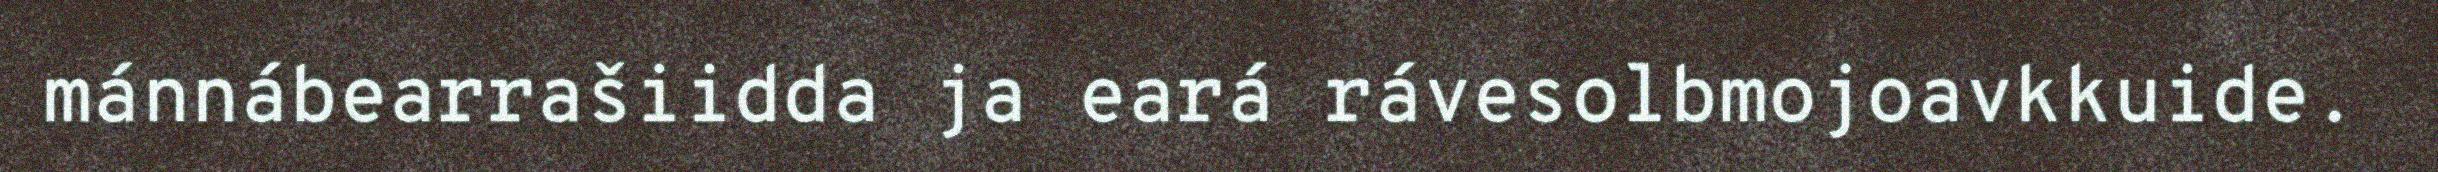
mánnábearrašiidda ja eará rávesolbmojoavkkuide.